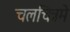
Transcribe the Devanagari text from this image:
चलचित्रमे